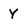
Character: Y